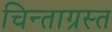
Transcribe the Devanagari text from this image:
चिन्ताग्रस्त